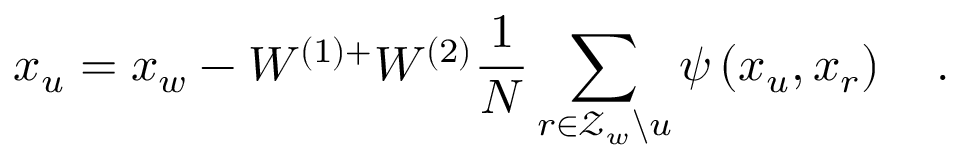
x _ { u } = x _ { w } - W ^ { ( 1 ) + } W ^ { ( 2 ) } \frac { 1 } { N } \sum _ { r \in \mathcal { Z } _ { w } \backslash u } \psi \left( x _ { u } , x _ { r } \right) \quad .